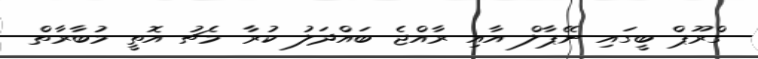
ގްރޫޕް ބީގައި ނޭޕާލް އާއި ރާއްޖެ ބައްދަލު ކުރާ މެޗު އޮތީ މުބާރާތް